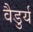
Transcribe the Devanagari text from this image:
वैडुर्य